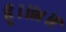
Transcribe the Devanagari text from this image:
हूँ।॥४॥